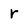
Character: r